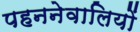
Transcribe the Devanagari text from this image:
पहननेवालियों